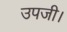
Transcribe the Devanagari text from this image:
उपजी।